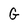
Character: G